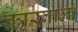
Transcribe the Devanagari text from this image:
कारवालो